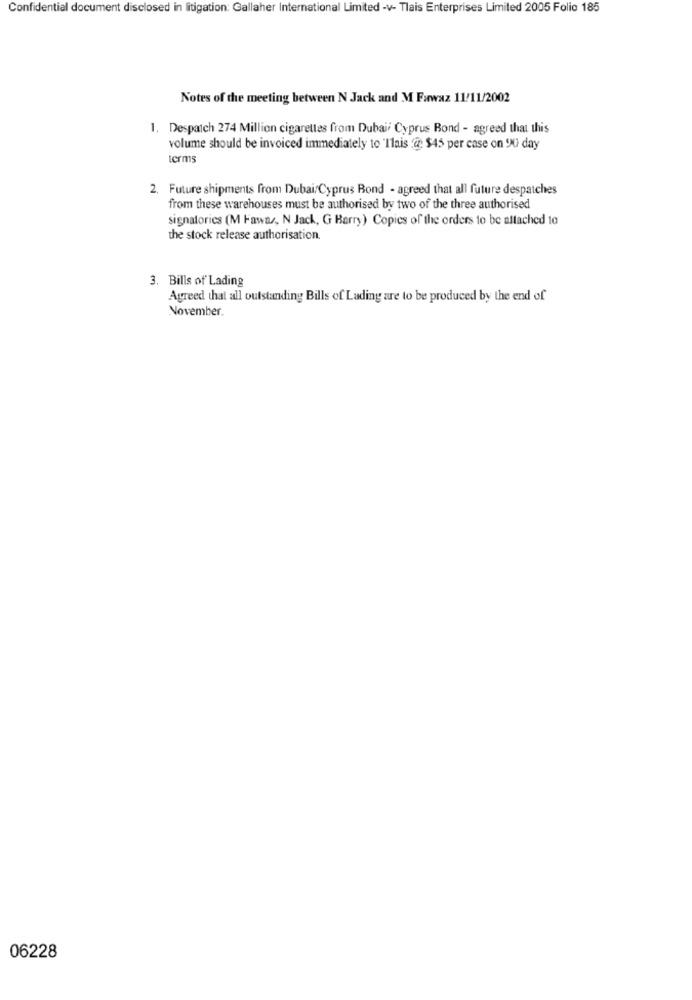
Confidential document disclosed in litigation: Gallaher International Limited -v- Tlais Enterprises Limited 2005 Folio 185
Notes of the meeting between N Jack and M Fawaz 11/11/2002
1. Despatch 274 Million cigarettes from Dubai, Cyprus Bond - agreed that this
volume should be invoiced immediately to 'Ilais @ $45 per case on 90 day
terms
2. Future shipments from Dubai/Cyprus Bond - agreed that all future despatches
from these warehouses must be authorised by two of the three authorised
signatories (M Fawaz, N Jack, G Barry) Copies of the orders to be altached 10
the stock release authorisation.
3. Bills of Lading
Agreed that all outstanding Bills of Lading are to be produced by the end of
November.
06228